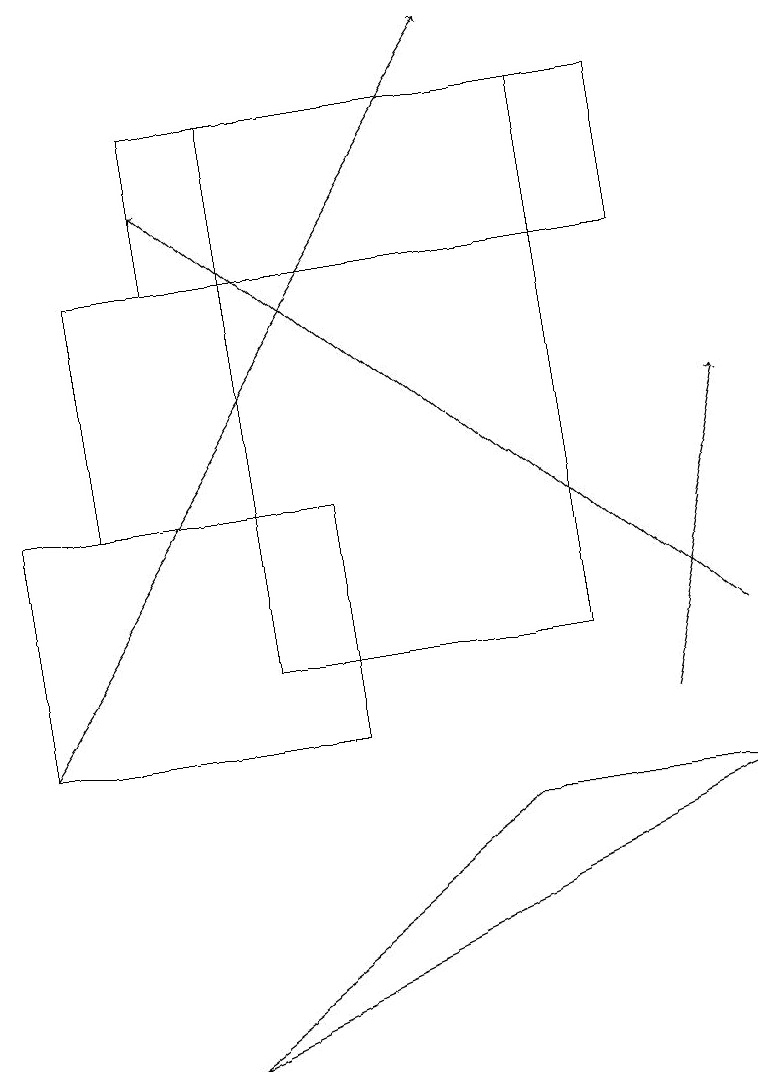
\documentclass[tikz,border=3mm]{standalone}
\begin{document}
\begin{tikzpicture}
\draw (8,18) rectangle (2,16);
\draw (3,18) rectangle (7,11);
\draw (3,13) rectangle (1,16);
\draw[->] (9,11) -- (2,17);
\draw[->] (8,10) -- (9,14);
\draw[->] (0,10) -- (6,19);
\draw (4,10) rectangle (0,13);
\draw (9,9) -- (6,9) -- (2,6) -- cycle;
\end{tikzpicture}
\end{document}